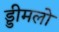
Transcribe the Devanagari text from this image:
ड्डीमलो